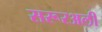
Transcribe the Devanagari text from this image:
सरूरअली